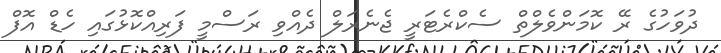
ދުވަހުގެ ރޭ ކޮމަންވެލްތް ސެކްރެޓަރީ ޖެނެރަލް ދެއްވި ރަސްމީ ފަރިއްކޮޅުގައި ހެޑް އޮފް